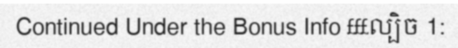
Continued Under the Bonus Info £££ល្បិច 1: